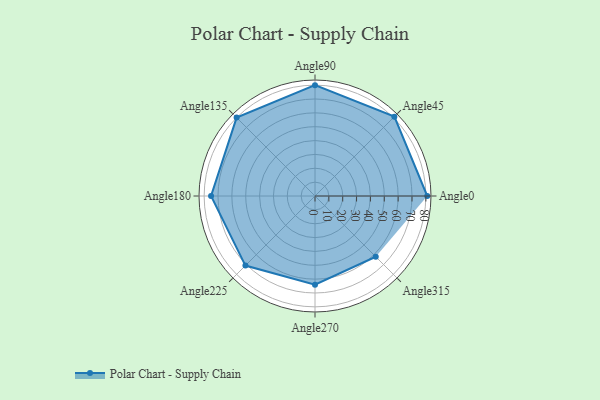
{"axis": {"x": "Angle", "y": "Radius"}, "legend": [""], "data": [{"x": "Angle0", "y": 81.0, "type": ""}, {"x": "Angle45", "y": 81.0, "type": ""}, {"x": "Angle90", "y": 80.0, "type": ""}, {"x": "Angle135", "y": 80.0, "type": ""}, {"x": "Angle180", "y": 75.0, "type": ""}, {"x": "Angle225", "y": 71.0, "type": ""}, {"x": "Angle270", "y": 64.0, "type": ""}, {"x": "Angle315", "y": 62.0, "type": ""}]}